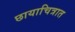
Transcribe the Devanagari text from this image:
छायाचित्रात